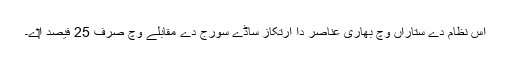
اس نظام دے ستاراں وچ بھاری عناصر دا ارتکاز ساڈے سورج دے مقابلے وچ صرف 25 فیصد ا‏‏ے۔